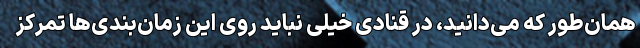
همان‌طور که می‌دانید، در قنادی خیلی نباید روی این زمان‌بندی‌ها تمرکز